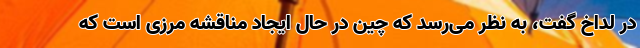
در لداخ گفت، به نظر می‌رسد که چین در حال ایجاد مناقشه مرزی است که